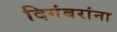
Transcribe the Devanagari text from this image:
दिगंबरांना